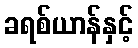
ခရစ်ယာန်နှင့်